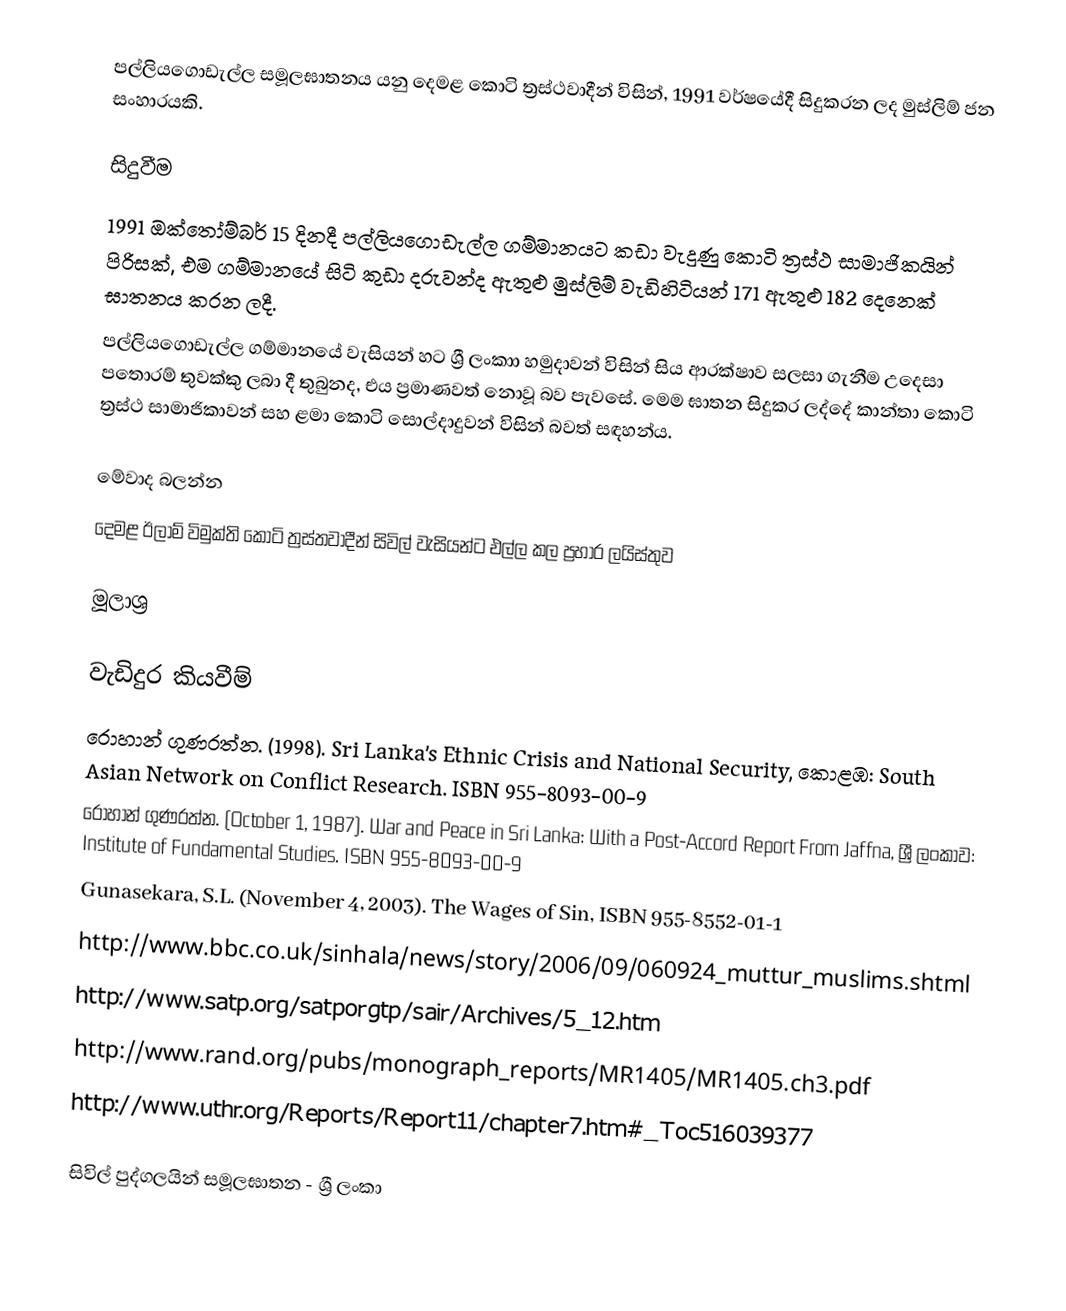
පල්ලියගොඩැල්ල සමූලඝාතනය යනු දෙමළ කොටි ත්‍රස්ථවාදීන් විසින්, 1991 වර්ෂයේදී සිදුකරන ලද මුස්ලිම් ජන සංහාරයකි.

සිදුවීම
1991 ඔක්තෝම්බර් 15 දිනදී පල්ලියගොඩැල්ල ගම්මානයට කඩා වැදුණු කොටි ත්‍රස්ථ සාමාජිකයින් පිරිසක්, එම ගම්මානයේ සිටි කුඩා දරුවන්ද ඇතුළු මුස්ලිම් වැඩිහිටියන් 171 ඇතුළු 182 දෙනෙක් ඝාතනය කරන ලදී.
පල්ලියගොඩැල්ල ගම්මානයේ වැසියන් හට ශ්‍රී ලංකාා හමුදාවන් විසින් සිය ආරක්ෂාව සලසා ගැනීම උදෙසා පතොරම් තුවක්කු ලබා දී තුබුනද, එය ප්‍රමාණවත් නොවූ බව පැවසේ. මෙම ඝාතන සිදුකර ලද්දේ කාන්තා කොටි ත්‍රස්ථ සාමාජිකාවන් සහ ළමා කොටි සොල්දාදුවන් විසින් බවත් සඳහන්ය.

මේවාද බලන්න
 දෙමළ ඊලාම් විමුක්ති කොටි ත්‍රස්තවාදීන් සිවිල් වැසියන්ට එල්ල කල ප්‍රහාර ලයිස්තුව

මූලාශ්‍ර

වැඩිදුර කියවීම්
 රොහාන් ගුණරත්න. (1998). Sri Lanka's Ethnic Crisis and National Security, කොළඹ: South Asian Network on Conflict Research. ISBN 955-8093-00-9
 රොහාන් ගුණරත්න. (October 1, 1987). War and Peace in Sri Lanka: With a Post-Accord Report From Jaffna, ශ්‍රී ලංකාව: Institute of Fundamental Studies. ISBN 955-8093-00-9
 Gunasekara, S.L. (November 4, 2003). The Wages of Sin, ISBN 955-8552-01-1
 http://www.bbc.co.uk/sinhala/news/story/2006/09/060924_muttur_muslims.shtml
 http://www.satp.org/satporgtp/sair/Archives/5_12.htm
 http://www.rand.org/pubs/monograph_reports/MR1405/MR1405.ch3.pdf
 http://www.uthr.org/Reports/Report11/chapter7.htm#_Toc516039377

සිවිල් පුද්ගලයින් සමූලඝාතන - ශ්‍රී ලංකා